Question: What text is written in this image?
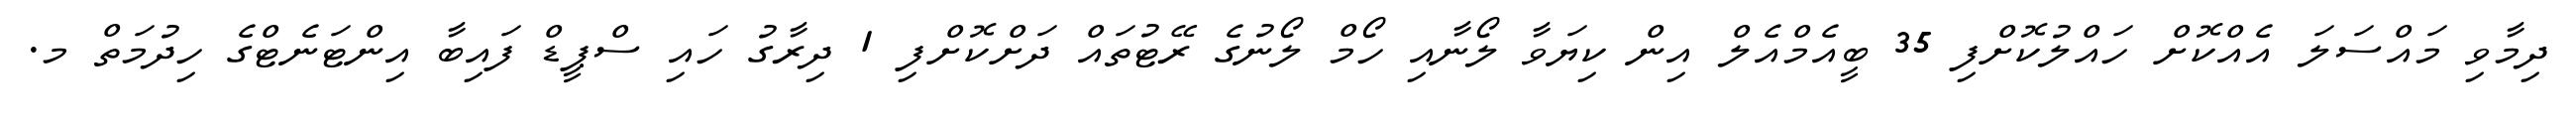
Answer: ދިމާވި މައްސަލަ އެއްކޮށް ހައްލުކޮށްފި 35 ބީއެމްއެލް އިން ކިޔަވާ ލޯނާއި ހޯމް ލޯނުގެ ރޭޓުތައް ދަށްކޮށްފި 1 ދިރާގު ހައި ސްޕީޑް ފައިބާ އިންޓަނެޓްގެ ހިދުމަތް މ.